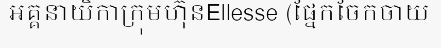
អគ្គនាយិកាក្រុមហ៊ុនEllesse (ផ្នែកចែកចាយ